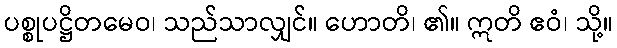
ပစ္စုပဋ္ဌိတမေဝ၊ သည်သာလျှင်။ ဟောတိ၊ ၏။ ဣတိ ဧဝံ၊ သို့။